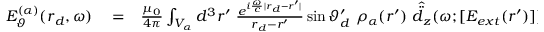
\begin{array} { r l r } { E _ { \vartheta } ^ { ( \alpha ) } ( \boldsymbol { r } _ { d } , \omega ) } & { { } = } & { \frac { \mu _ { 0 } } { 4 \pi } \int _ { V _ { \alpha } } d ^ { 3 } \boldsymbol { r } ^ { \prime } \, \, \frac { e ^ { i \frac { \omega } { c } | \boldsymbol { r } _ { d } - \boldsymbol { r } ^ { \prime } | } } { \boldsymbol { r } _ { d } - \boldsymbol { r } ^ { \prime } } \sin \vartheta _ { d } ^ { \prime } \, \, \rho _ { \alpha } ( \boldsymbol { r } ^ { \prime } ) \, \, \hat { \ddot { d } } _ { z } ( \omega ; [ E _ { e x t } ( \boldsymbol { r } ^ { \prime } ) ] ) \, . } \end{array}